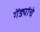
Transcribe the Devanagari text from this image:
गेंड्यांचे